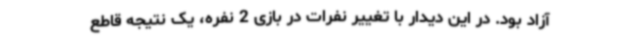
آزاد بود. در این دیدار با تغییر نفرات در بازی 2 نفره، یک نتیجه قاطع